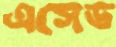
এসেড